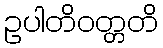
ဥပါတိဝတ္တတိ